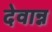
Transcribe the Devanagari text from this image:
देवान्न